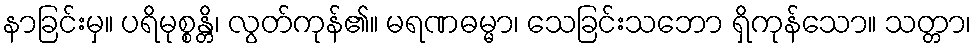
နာခြင်းမှ။ ပရိမုစ္စန္တိ၊ လွတ်ကုန်၏။ မရဏဓမ္မာ၊ သေခြင်းသဘော ရှိကုန်သော။ သတ္တာ၊